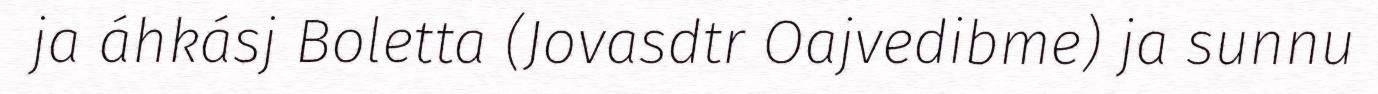
ja áhkásj Boletta (Jovasdtr Oajvedibme) ja sunnu